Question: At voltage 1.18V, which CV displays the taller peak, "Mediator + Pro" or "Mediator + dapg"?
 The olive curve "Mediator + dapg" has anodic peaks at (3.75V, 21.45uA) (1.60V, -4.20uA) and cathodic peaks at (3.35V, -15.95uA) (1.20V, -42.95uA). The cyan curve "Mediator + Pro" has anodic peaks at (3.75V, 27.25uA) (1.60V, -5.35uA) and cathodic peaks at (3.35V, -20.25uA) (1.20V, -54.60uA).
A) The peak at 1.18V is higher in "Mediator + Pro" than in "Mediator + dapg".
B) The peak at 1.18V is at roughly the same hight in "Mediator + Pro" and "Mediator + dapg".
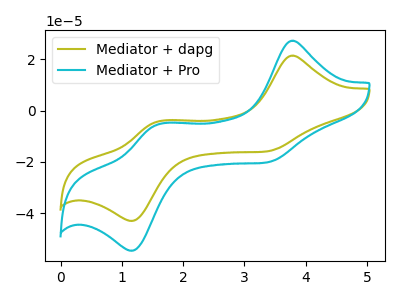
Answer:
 <answer>A) The peak at 1.18V is higher in "Mediator + Pro" than in "Mediator + dapg".</answer>
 <eval>A</eval>